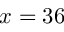
x = 3 6